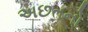
અછતનો